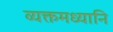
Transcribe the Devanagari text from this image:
व्यक्तमध्यानि